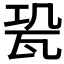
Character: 𤬳